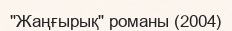
"Жаңғырық" романы (2004)